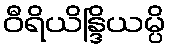
ဝီရိယိန္ဒြိယမ္ပိ